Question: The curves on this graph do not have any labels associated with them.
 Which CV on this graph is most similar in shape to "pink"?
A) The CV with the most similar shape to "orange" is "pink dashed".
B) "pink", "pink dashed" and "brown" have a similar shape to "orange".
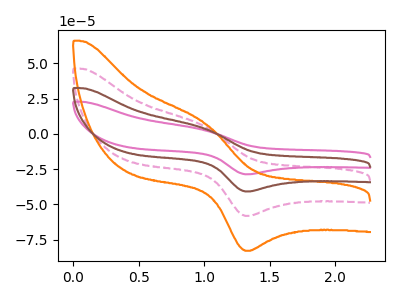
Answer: <think>The pink curve "pink" has an anodic peak at (1.00V, 17.50uA) and a cathodic peak at (1.30V, -174.35uA). The pink dashed curve "pink dashed" has an anodic peak at (1.00V, 5.85uA) and a cathodic peak at (1.30V, -58.10uA). The orange curve "orange" has an anodic peak at (1.00V, 8.30uA) and a cathodic peak at (1.30V, -82.80uA). The brown curve "brown" has an anodic peak at (1.00V, 11.65uA) and a cathodic peak at (1.30V, -116.25uA).
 All the peaks in "pink" have a peak in "pink dashed" at the same potential. Every peak in "pink" is higher than every peak in "pink dashed". All the peaks in "pink" have a peak in "orange" at the same potential. Every peak in "pink" is higher than every peak in "orange". All the peaks in "pink" have a peak in "brown" at the same potential. Every peak in "pink" is higher than every peak in "brown". All the peaks in "pink dashed" have a peak in "orange" at the same potential. Every peak in "pink dashed" is lower than every peak in "orange". All the peaks in "pink dashed" have a peak in "brown" at the same potential. Every peak in "pink dashed" is lower than every peak in "brown". All the peaks in "orange" have a peak in "brown" at the same potential. Every peak in "orange" is lower than every peak in "brown".</think>
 <answer>B) "pink", "pink dashed" and "brown" have a similar shape to "orange".</answer>
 <eval>B</eval>